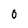
Character: 0